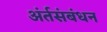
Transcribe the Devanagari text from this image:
अंर्तसंबंधन